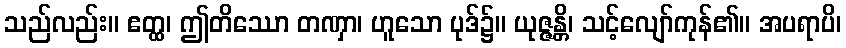
သည်လည်း။ ဧတ္ထ၊ ဤတိဿော တဏှာ၊ ဟူသော ပုဒ်၌။ ယုဇ္ဇန္တိ၊ သင့်လျော်ကုန်၏။ အပရာပိ၊